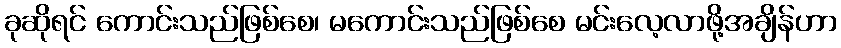
ခုဆိုရင် ကောင်းသည်ဖြစ်စေ၊ မကောင်းသည်ဖြစ်စေ မင်းလေ့လာဖို့အချိန်ဟာ